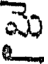
మై